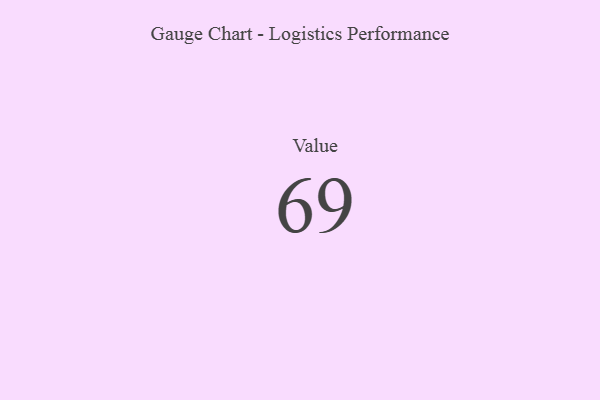
{"axis": {"x": "Metric", "y": "Value"}, "legend": [""], "data": [{"x": "Value", "y": 69, "type": ""}]}